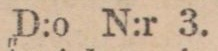
D:o N:r 3.